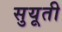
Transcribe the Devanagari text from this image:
सुयूती